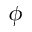
\phi